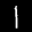
Label: 1